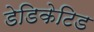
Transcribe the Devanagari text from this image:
डेडिकेटिड